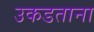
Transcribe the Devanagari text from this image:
उकडताना